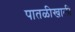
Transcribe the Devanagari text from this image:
पातळीखाली